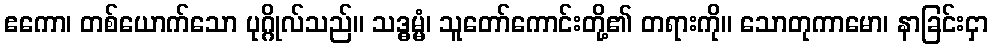
ဧကော၊ တစ်ယောက်သော ပုဂ္ဂိုလ်သည်။ သဒ္ဓမ္မံ၊ သူတော်ကောင်းတို့၏ တရားကို။ သောတုကာမော၊ နာခြင်းငှာ